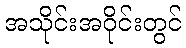
အသိုင်းအဝိုင်းတွင်